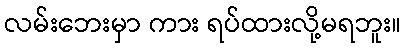
လမ်းဘေးမှာ ကား ရပ်ထားလို့မရဘူး။